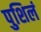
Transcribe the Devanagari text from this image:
पुशिलं